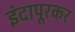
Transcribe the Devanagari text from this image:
इंदापूरकर